Leningradi_Edasi_toimetus, lk 62
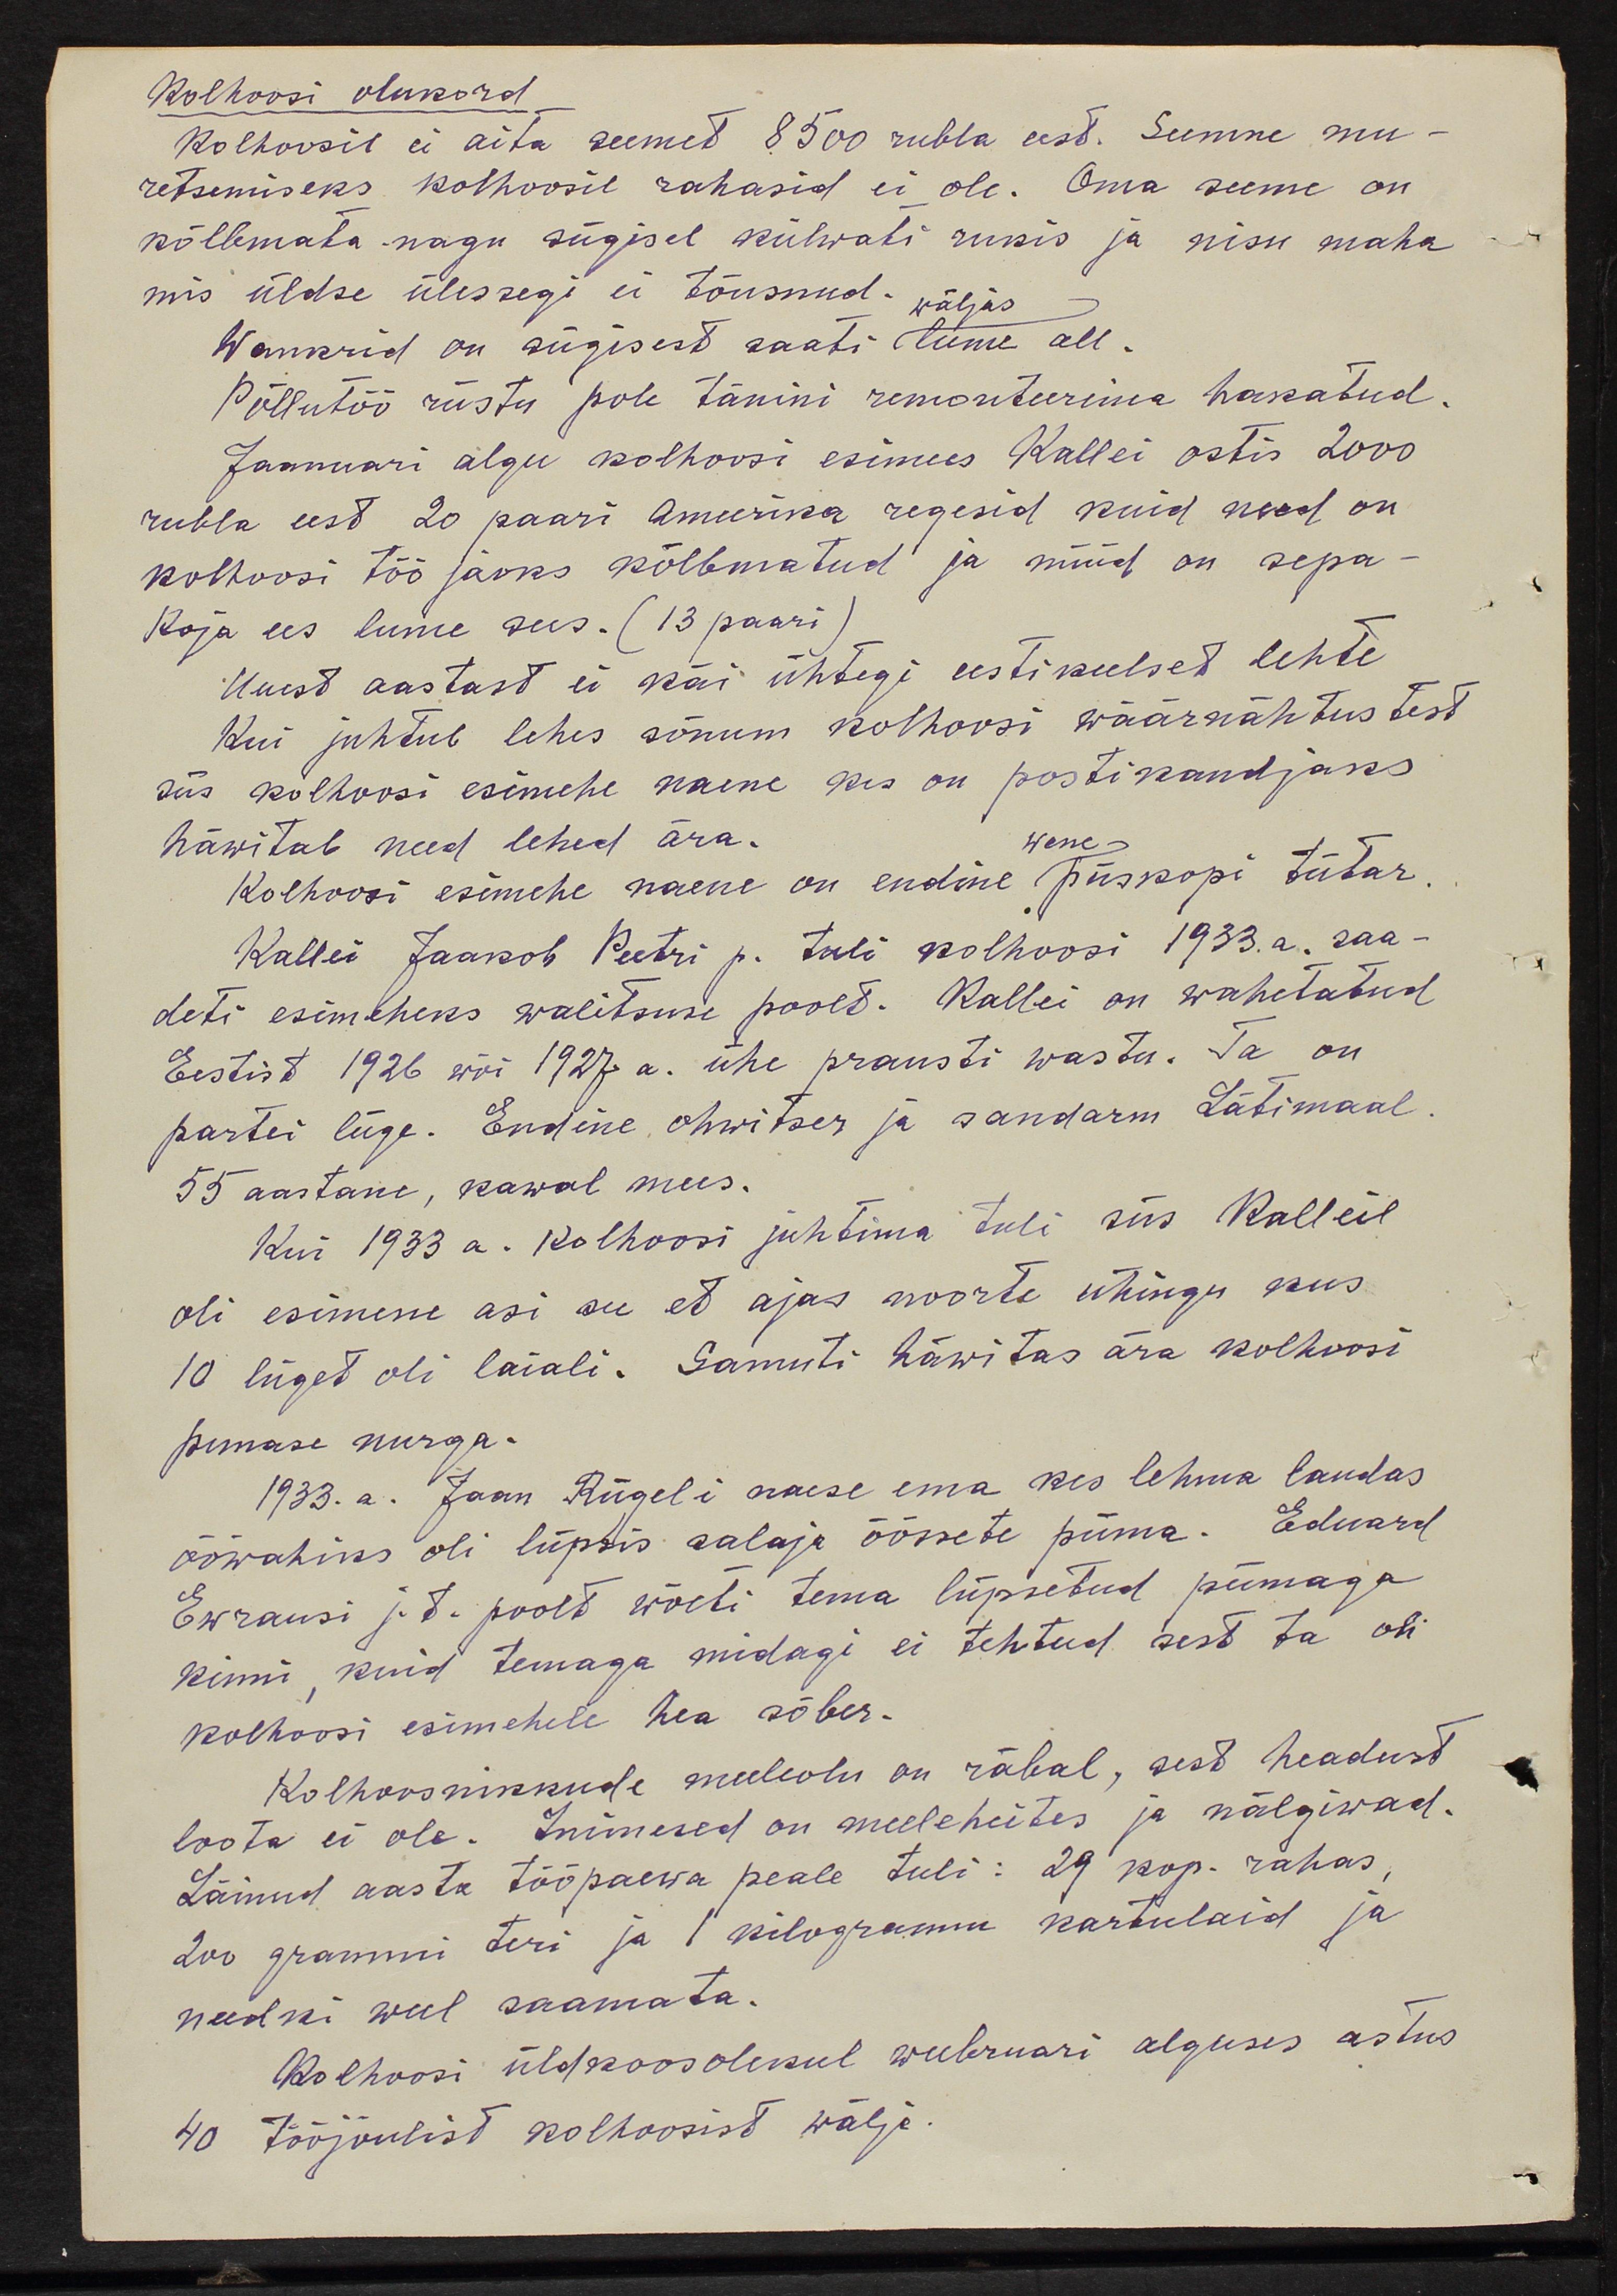
Kolhoosi olukord
Kolhoosil ei aita seemet 8500 rubla eest. Seemne mu-
retsemiseks kolhoosil rahasid ei ole. Oma seeme on
kõlbmata nagu sügisel külwati rukis ja nisu maha
mis üldse ülessegi ei tõusnud. väljas
Wankrid on sügisest saati lume all.
Põllutöö riistu pole tänini remonteerima hakatud.
Jaanuari algu kolhoosi esimees Kallei ostis 2000
rubla eest 20 paari Ameerika regesid kuid need on
kolhoosi töö jaoks kõlbmatud ja nüüd on sepa-
koja ees lume sees. (13 paari)
Uuest aastast ei käi ühtegi eestikeelset lehte
kui juhtub lehes sõnum kolhoosi wäärnähtustest
siis kolhoosi esimehe naene kes on postikandjaks
häwitab need lehed ära.
wene
Kolhoosi esimehe naene on endine piiskopi tütar.
Kallei Jaakob Peetri p. tuli kolhoosi 1933. a. saa-
deti esimeheks walitsuse poolt. Kallei on wahetatud
Eestist 1926 wõi 1927 a. ühe prausti wastu. Ta on
partei liige. Endine ohwitser ja sandarm Lätimaal
55 aastane, kawal mees.
Kui 1933 a. Kolhoosi juhtima tuli siis Kalleil
oli esimene asi see et ajas noorte ühingu kus
10 liiget oli laiali. Samuti häwitas ära kolhoosi
punase nurga.
1933. a. Jaan Rügeli naese ema kes lehma laudas
ööwahiks oli lüpsis salaja öössete piima. Eduard
Ewrausi j. t. poolt wõeti tema lüpsetud piimaga
kinni, kuid temaga midagi ei tehtud sest ta oli
kolhoosi esimehele hea sõber.
Kolhoosnikkude meeleolu on räbal, sest headust
loota ei ole. Inimesed on meeleheites ja nälgiwad.
Läinud aasta tööpäewa peale tuli: 29 kop. rahas,
200 grammi teri ja 1 kilogramm kartulaid ja
needki weel saamata.
Kolhoosi üldkoosolekul weebruari alguses astus
40 tööjõulist kolhoosist wälja.